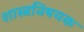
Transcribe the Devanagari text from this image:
शास्त्रविषयक